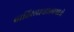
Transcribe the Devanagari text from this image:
ब्रातिस्लाव्हालामध्ये